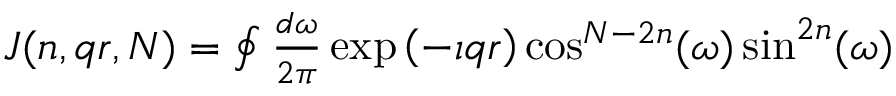
\begin{array} { r } { J ( n , q r , N ) = \oint \frac { d \omega } { 2 \pi } \exp \left( - \imath q r \right) \cos ^ { N - 2 n } ( \omega ) \sin ^ { 2 n } ( \omega ) } \end{array}